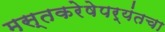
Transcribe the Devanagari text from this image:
मस्तकरेषेपर्यंतचा